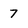
Character: 7